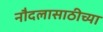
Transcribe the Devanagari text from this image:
नौदलासाठीच्या